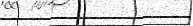
٢٥